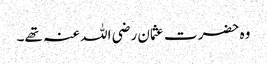
وہ حضرت عثمان رضی اللہ عنہ تھے۔